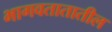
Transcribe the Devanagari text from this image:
भागवतातातील